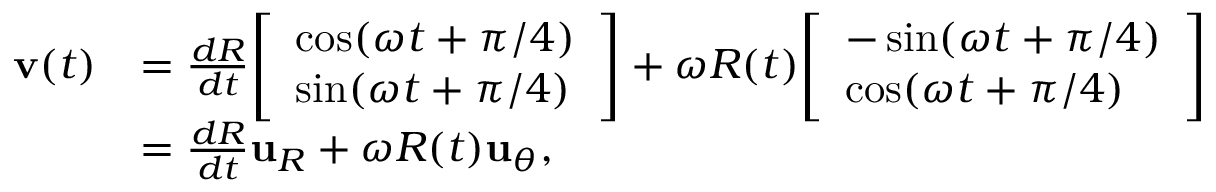
{ \begin{array} { r l } { \mathbf { v } ( t ) } & { = { \frac { d R } { d t } } { \left[ \begin{array} { l } { \cos ( \omega t + \pi / 4 ) } \\ { \sin ( \omega t + \pi / 4 ) } \end{array} \right] } + \omega R ( t ) { \left[ \begin{array} { l } { - \sin ( \omega t + \pi / 4 ) } \\ { \cos ( \omega t + \pi / 4 ) } \end{array} \right] } } \\ & { = { \frac { d R } { d t } } \mathbf { u } _ { R } + \omega R ( t ) \mathbf { u } _ { \theta } , } \end{array} }